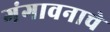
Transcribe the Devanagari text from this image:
गंगावनाचे